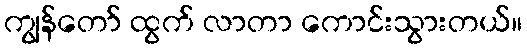
ကျွန်တော် ထွက် လာတာ ကောင်းသွားတယ်။